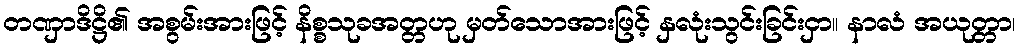
တဏှာဒိဋ္ဌိ၏ အစွမ်းအားဖြင့် နိစ္စသုခအတ္တဟု မှတ်သောအားဖြင့် နှလုံးသွင်းခြင်းငှာ။ နာလံ အယုတ္တာ၊